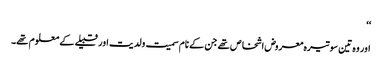
‘‘
اور وہ تین سو تیرہ معروض اشخاص تھے جن کے نام سمیت ولدیت اور قبیلے کے معلوم تھے۔